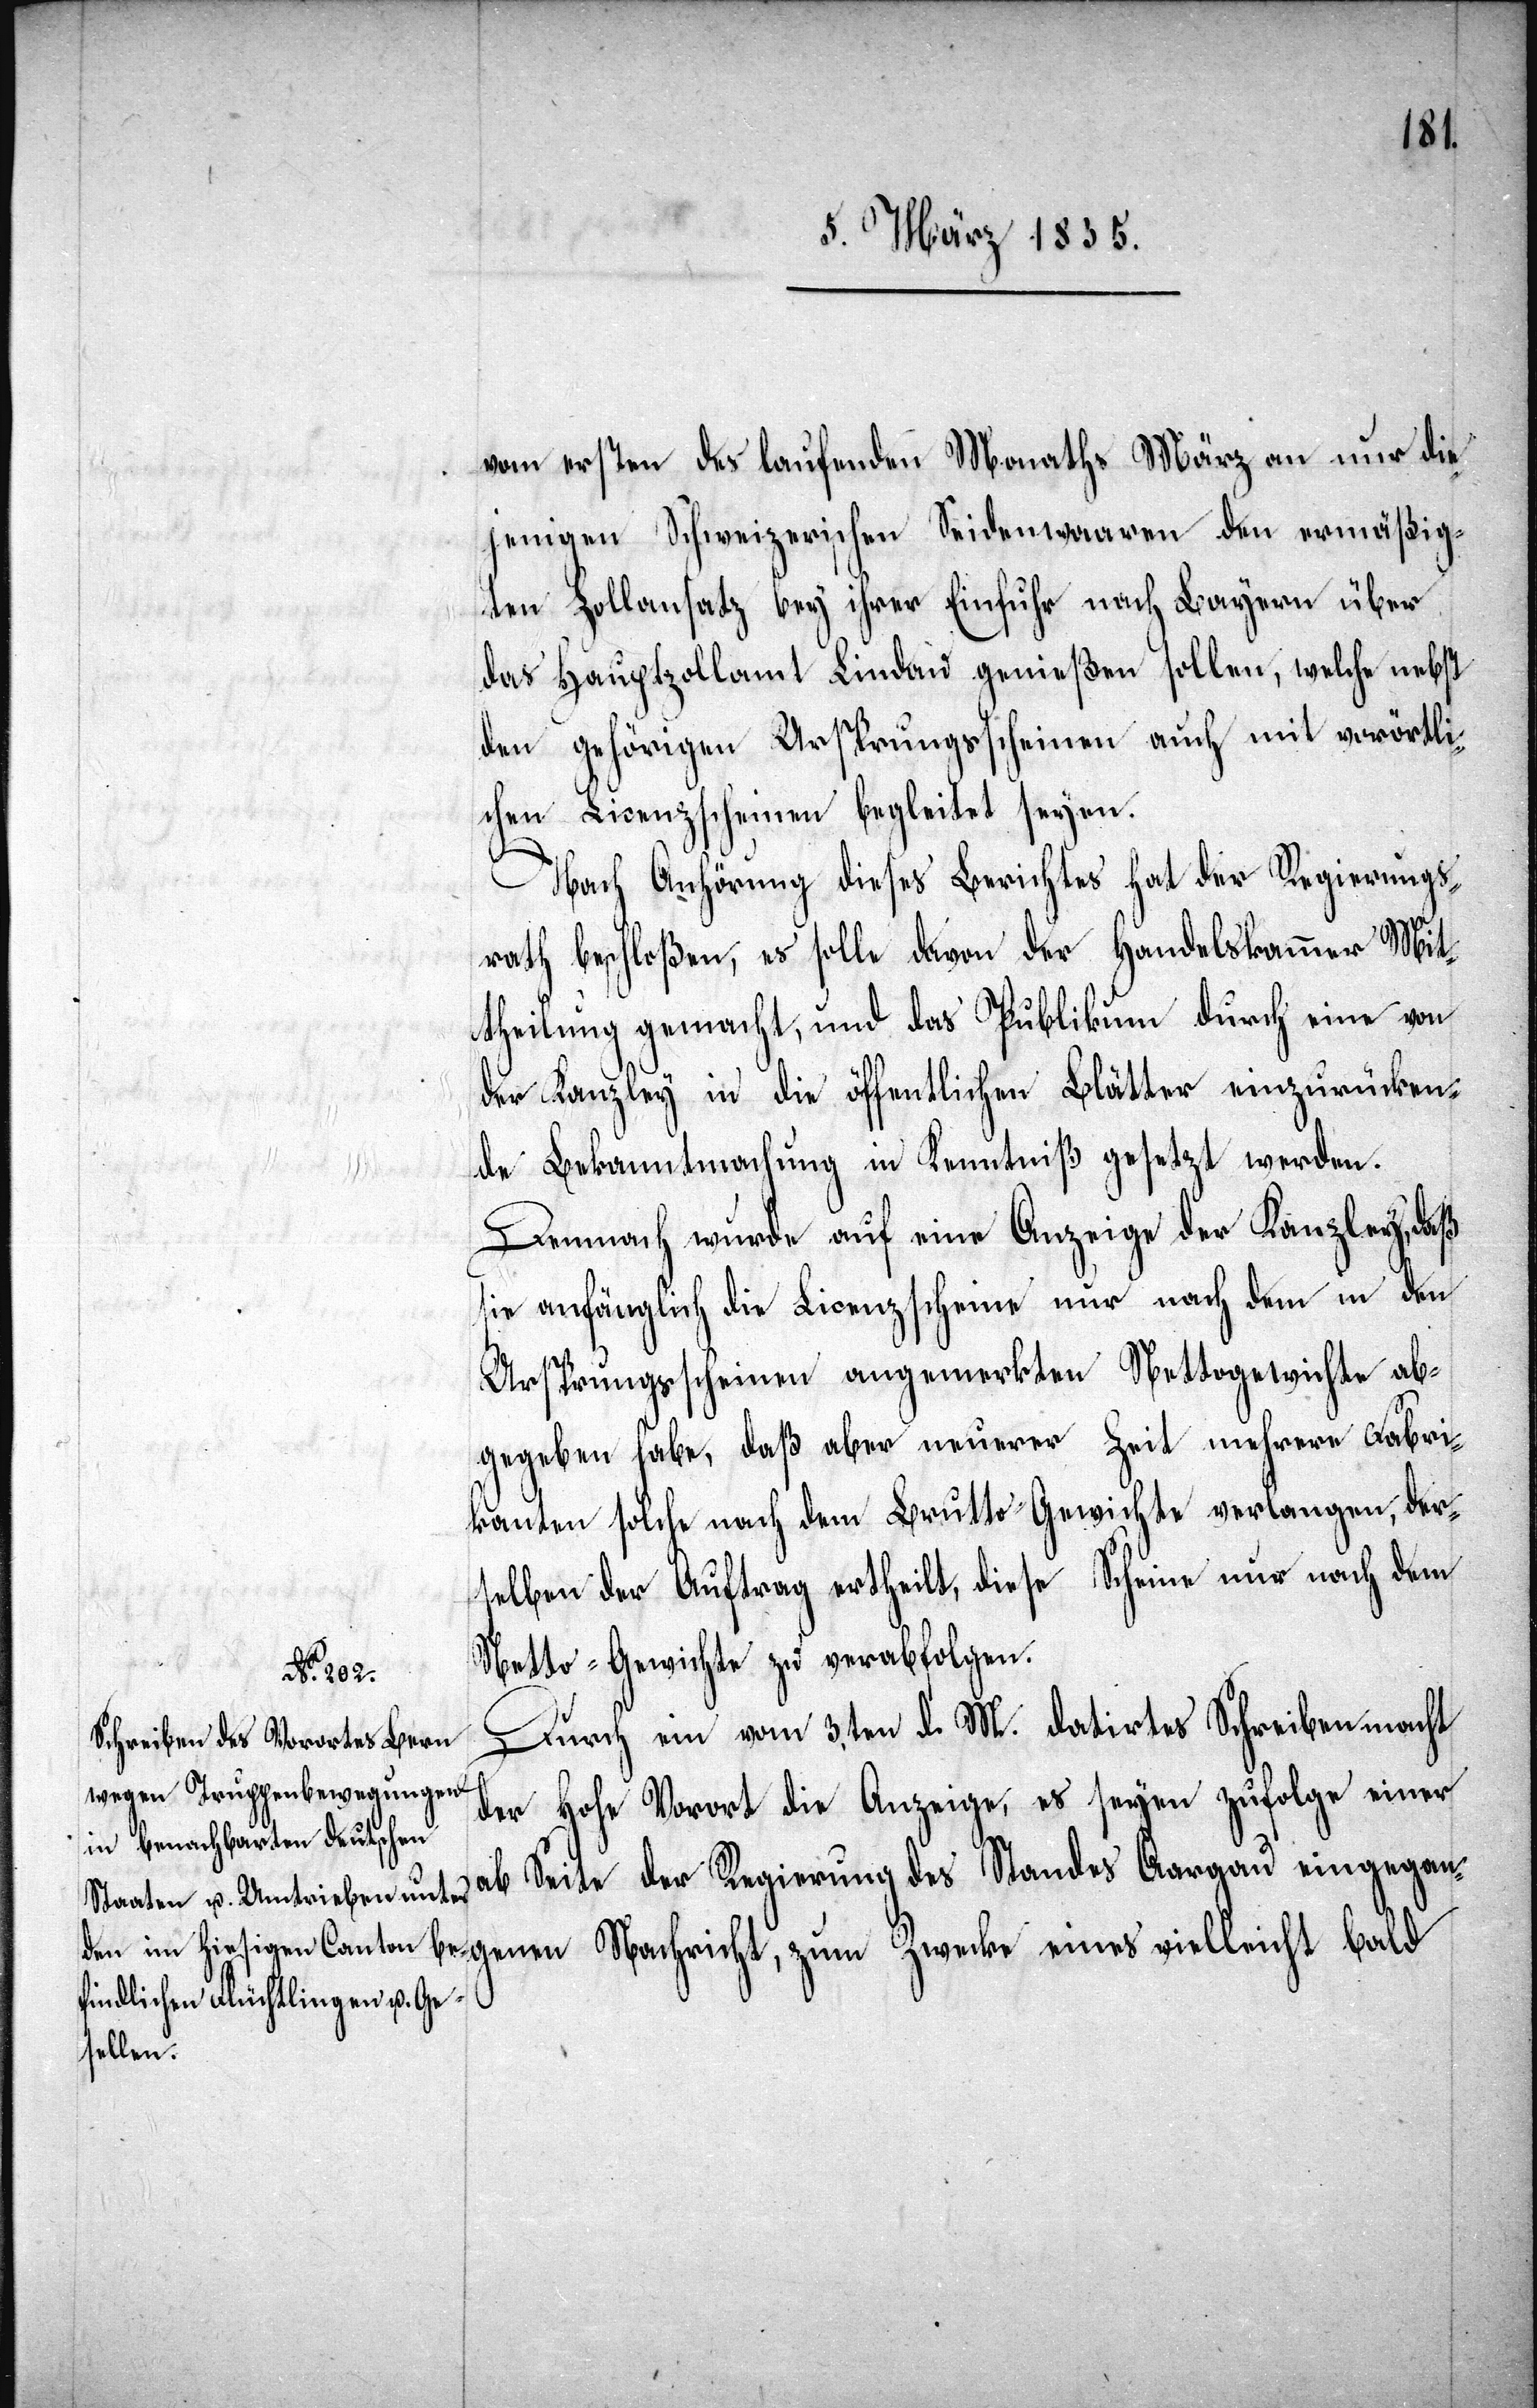
vom ersten des laufenden Monaths März an nur die¬
jenigen Schweizerischen Seidenwaaren den ermäßig¬
ten Zollansatz bey ihrer Einfuhr nach Bayern über
das Hauptzollamt Lindau genießen sollen, welche nebst
den gehörigen Ursprungsscheinen auch mit vorörtli¬
chen Licenzscheinen begleitet seyen.
Nach Anhörung dieses Berichtes hat der Regierungs¬
rath beschloßen, es solle davon der Handelskammer Mit¬
theilung gemacht, und das Publikum durch eine von
der Kanzley in die öffentlichen Blätter einzurücken¬
de Bekanntmachung in Kenntniß gesetzt werden.
Demnach wurde auf eine Anzeige der Kanzley, daß
sie anfänglich die Licenzscheine nur nach dem in den
Ursprungsscheinen angemerkten Nettogewichte ab¬
gegeben habe, daß aber neuerer Zeit mehrere Fabri¬
kanten solche nach dem Brutto-Gewichte verlangen, der¬
selben der Auftrag ertheilt, diese Scheine nur nach dem
Netto-Gewichte zu verabfolgen.
genen
Durch ein vom 3ten d. M. datirtes Schreiben macht
der Hohe Vorort die Anzeige, es seyen zufolge einer
ab Seite der Regierung des Standes Aargau eingegan¬